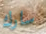
سارك